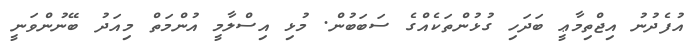
އުފެދުނު އިޖްތިމާޢީ ބަދަހި ގުޅުންތަކެއްގެ ސަބަބުން. މުޅި އިސްލާމީ އުންމަތް މިއަދު ބޭނުންވަނީ